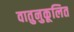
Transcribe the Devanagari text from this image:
वातुनुकूलित